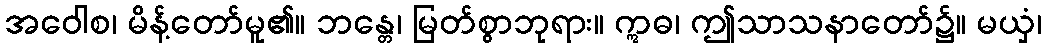
အဝေါစ၊ မိန့်တော်မူ၏။ ဘန္တေ၊ မြတ်စွာဘုရား။ ဣဓ၊ ဤသာသနာတော်၌။ မယှံ၊